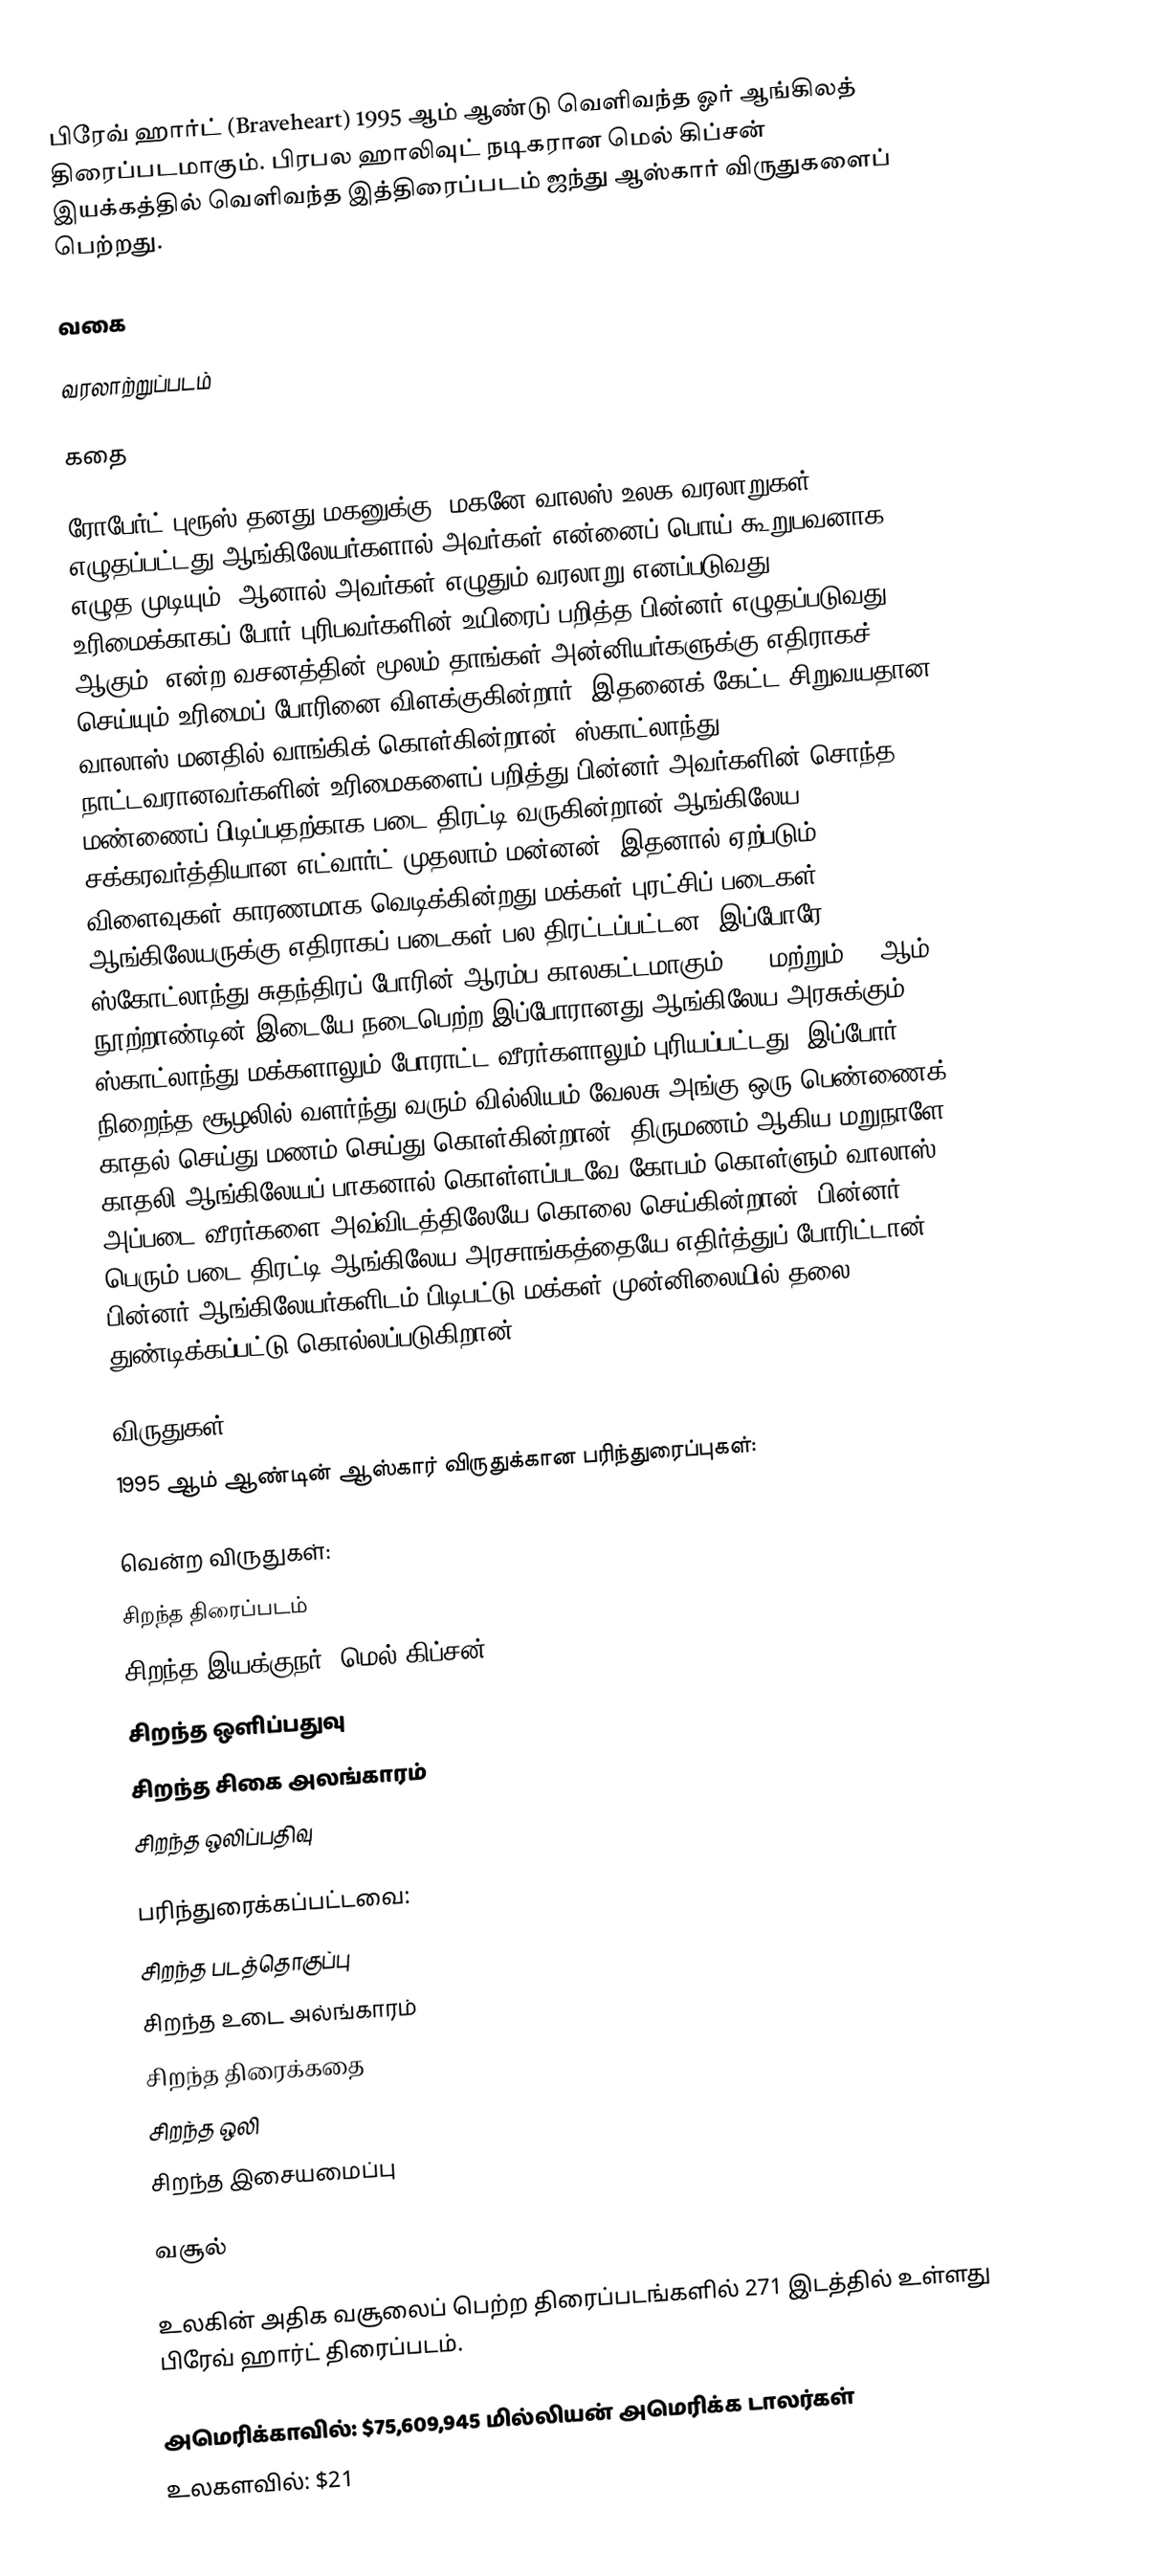
பிரேவ் ஹார்ட் (Braveheart) 1995 ஆம் ஆண்டு வெளிவந்த ஓர் ஆங்கிலத் திரைப்படமாகும். பிரபல ஹாலிவுட் நடிகரான மெல் கிப்சன் இயக்கத்தில் வெளிவந்த இத்திரைப்படம் ஜந்து ஆஸ்கார் விருதுகளைப் பெற்றது.

வகை

வரலாற்றுப்படம்

கதை

ரோபேர்ட் புரூஸ் தனது மகனுக்கு "மகனே வாலஸ் உலக வரலாறுகள் எழுதப்பட்டது ஆங்கிலேயர்களால் அவர்கள் என்னைப் பொய் கூறுபவனாக எழுத முடியும். ஆனால் அவர்கள் எழுதும் வரலாறு எனப்படுவது உரிமைக்காகப் போர் புரிபவர்களின் உயிரைப் பறித்த பின்னர் எழுதப்படுவது ஆகும்" என்ற வசனத்தின் மூலம் தாங்கள் அன்னியர்களுக்கு எதிராகச் செய்யும் உரிமைப் போரினை விளக்குகின்றார். இதனைக் கேட்ட சிறுவயதான வாலாஸ் மனதில் வாங்கிக் கொள்கின்றான். ஸ்காட்லாந்து நாட்டவரானவர்களின் உரிமைகளைப் பறித்து பின்னர் அவர்களின் சொந்த மண்ணைப் பிடிப்பதற்காக படை திரட்டி வருகின்றான் ஆங்கிலேய சக்கரவர்த்தியான எட்வார்ட் முதலாம் மன்னன். இதனால் ஏற்படும் விளைவுகள் காரணமாக வெடிக்கின்றது மக்கள் புரட்சிப் படைகள். ஆங்கிலேயருக்கு எதிராகப் படைகள் பல திரட்டப்பட்டன. இப்போரே ஸ்கோட்லாந்து சுதந்திரப் போரின் ஆரம்ப காலகட்டமாகும். 13 மற்றும் 14 ஆம் நூற்றாண்டின் இடையே நடைபெற்ற இப்போரானது ஆங்கிலேய அரசுக்கும் ஸ்காட்லாந்து மக்களாலும் போராட்ட வீரர்களாலும் புரியப்பட்டது. இப்போர் நிறைந்த சூழலில் வளர்ந்து வரும் வில்லியம் வேலசு அங்கு ஒரு பெண்ணைக் காதல் செய்து மணம் செய்து கொள்கின்றான். திருமணம் ஆகிய மறுநாளே காதலி ஆங்கிலேயப் பாகனால் கொள்ளப்படவே கோபம் கொள்ளும் வாலாஸ் அப்படை வீரர்களை அவ்விடத்திலேயே கொலை செய்கின்றான். பின்னர் பெரும் படை திரட்டி ஆங்கிலேய அரசாங்கத்தையே எதிர்த்துப் போரிட்டான். பின்னர் ஆங்கிலேயர்களிடம் பிடிபட்டு மக்கள் முன்னிலையில் தலை துண்டிக்கப்பட்டு கொல்லப்படுகிறான்.

விருதுகள்
1995 ஆம் ஆண்டின் ஆஸ்கார் விருதுக்கான பரிந்துரைப்புகள்:

வென்ற விருதுகள்:
 சிறந்த திரைப்படம்
 சிறந்த இயக்குநர் (மெல் கிப்சன்)
 சிறந்த ஒளிப்பதுவு
 சிறந்த சிகை அலங்காரம்
 சிறந்த ஒலிப்பதிவு

பரிந்துரைக்கப்பட்டவை:
 சிறந்த படத்தொகுப்பு
 சிறந்த உடை அல்ங்காரம்
 சிறந்த திரைக்கதை
 சிறந்த ஒலி
 சிறந்த இசையமைப்பு

வசூல்

உலகின் அதிக வசூலைப் பெற்ற திரைப்படங்களில் 271 இடத்தில் உள்ளது பிரேவ் ஹார்ட் திரைப்படம்.

 அமெரிக்காவில்: $75,609,945 மில்லியன் அமெரிக்க டாலர்கள்
 உலகளவில்: $21